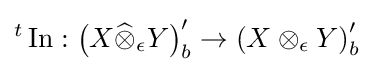
{}^{t}\operatorname {In} :\left(X{\widehat {\otimes }}_{\epsilon }Y\right)_{b}^{\prime }\to \left(X\otimes _{\epsilon }Y\right)_{b}^{\prime }